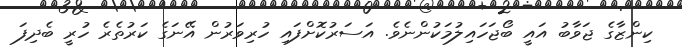
ކިންޒާގެ ޖަވާބު އައީ ބޯޖަހައިލުމަކުންނެވެ. އަސަރުކޮށްފައި ހުރިވަރުން އޭނަގެ ކަރުތެރެ ހުރީ ބެދިފަ